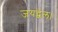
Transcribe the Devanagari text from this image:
जयद्वल।